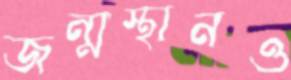
জন্মস্থানও